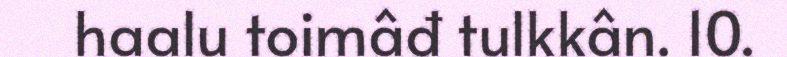
haalu toimâđ tulkkân. 10.